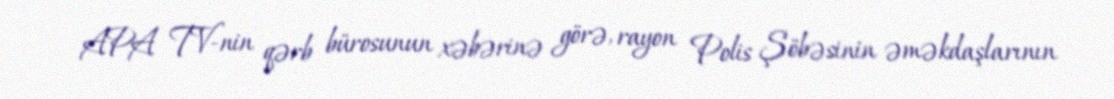
APA TV-nin qərb bürosunun xəbərinə görə, rayon Polis Şöbəsinin əməkdaşlarının